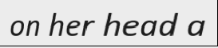
on her head a